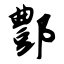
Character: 酆